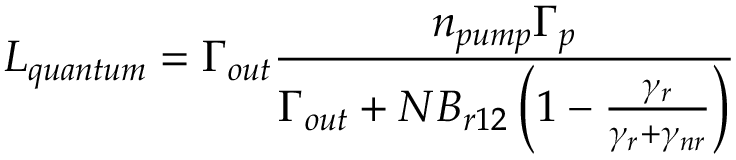
L _ { q u a n t u m } = \Gamma _ { o u t } \frac { n _ { p u m p } \Gamma _ { p } } { \Gamma _ { o u t } + N B _ { r 1 2 } \left( 1 - \frac { \gamma _ { r } } { \gamma _ { r } + \gamma _ { n r } } \right) }